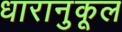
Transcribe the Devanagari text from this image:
धारानुकूल